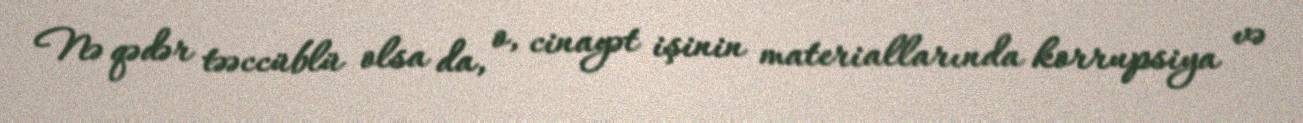
Nə qədər təəccüblü olsa da, o, cinayət işinin materiallarında korrupsiya və